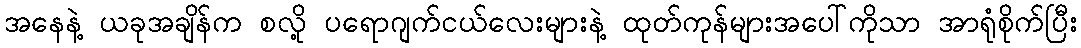
အနေနဲ့ ယခုအချိန်က စလို့ ပရောဂျက်ငယ်လေးများနဲ့ ထုတ်ကုန်များအပေါ်ကိုသာ အာရုံစိုက်ပြီး